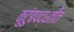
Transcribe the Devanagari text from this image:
कुटुंबपद्धतीत